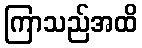
ကြာသည်အထိ